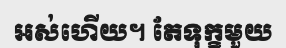
អស់ហើយ។ តែទុក្ខមួយ